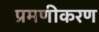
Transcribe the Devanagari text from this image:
प्रमणीकरण